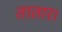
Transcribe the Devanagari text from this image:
तातार।